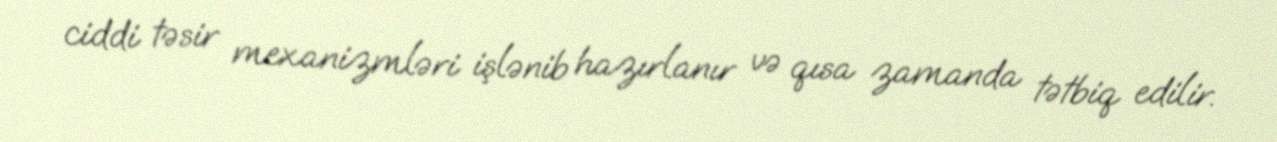
ciddi təsir mexanizmləri işlənib hazırlanır və qısa zamanda tətbiq edilir.